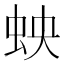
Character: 𫊬